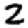
Digit: 2